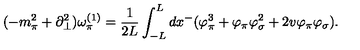
( - m _ { \pi } ^ { 2 } + \partial _ { \bot } ^ { 2 } ) \omega _ { \pi } ^ { ( 1 ) } = \frac { 1 } { 2 L } \int _ { - L } ^ { L } d x ^ { - } ( \varphi _ { \pi } ^ { 3 } + \varphi _ { \pi } \varphi _ { \sigma } ^ { 2 } + 2 v \varphi _ { \pi } \varphi _ { \sigma } ) .